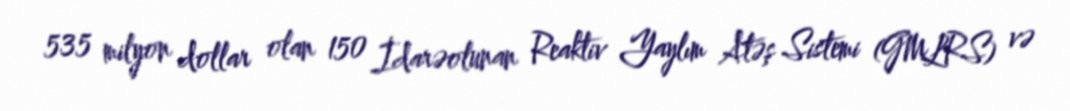
535 milyon dollar olan 150 İdarəolunan Reaktiv Yaylım Atəş Sistemi (GMLRS) və